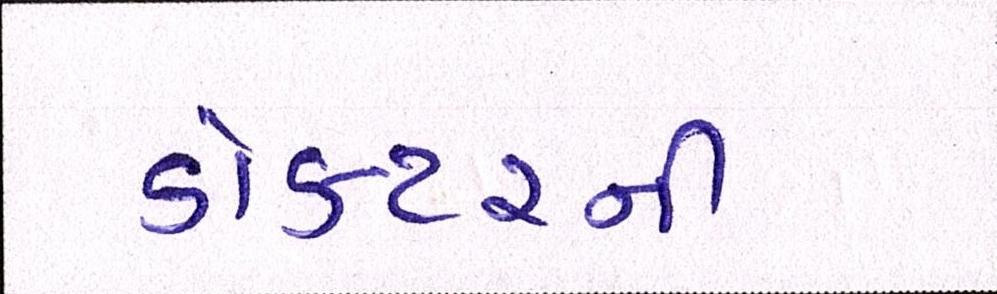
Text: ડોકટરની